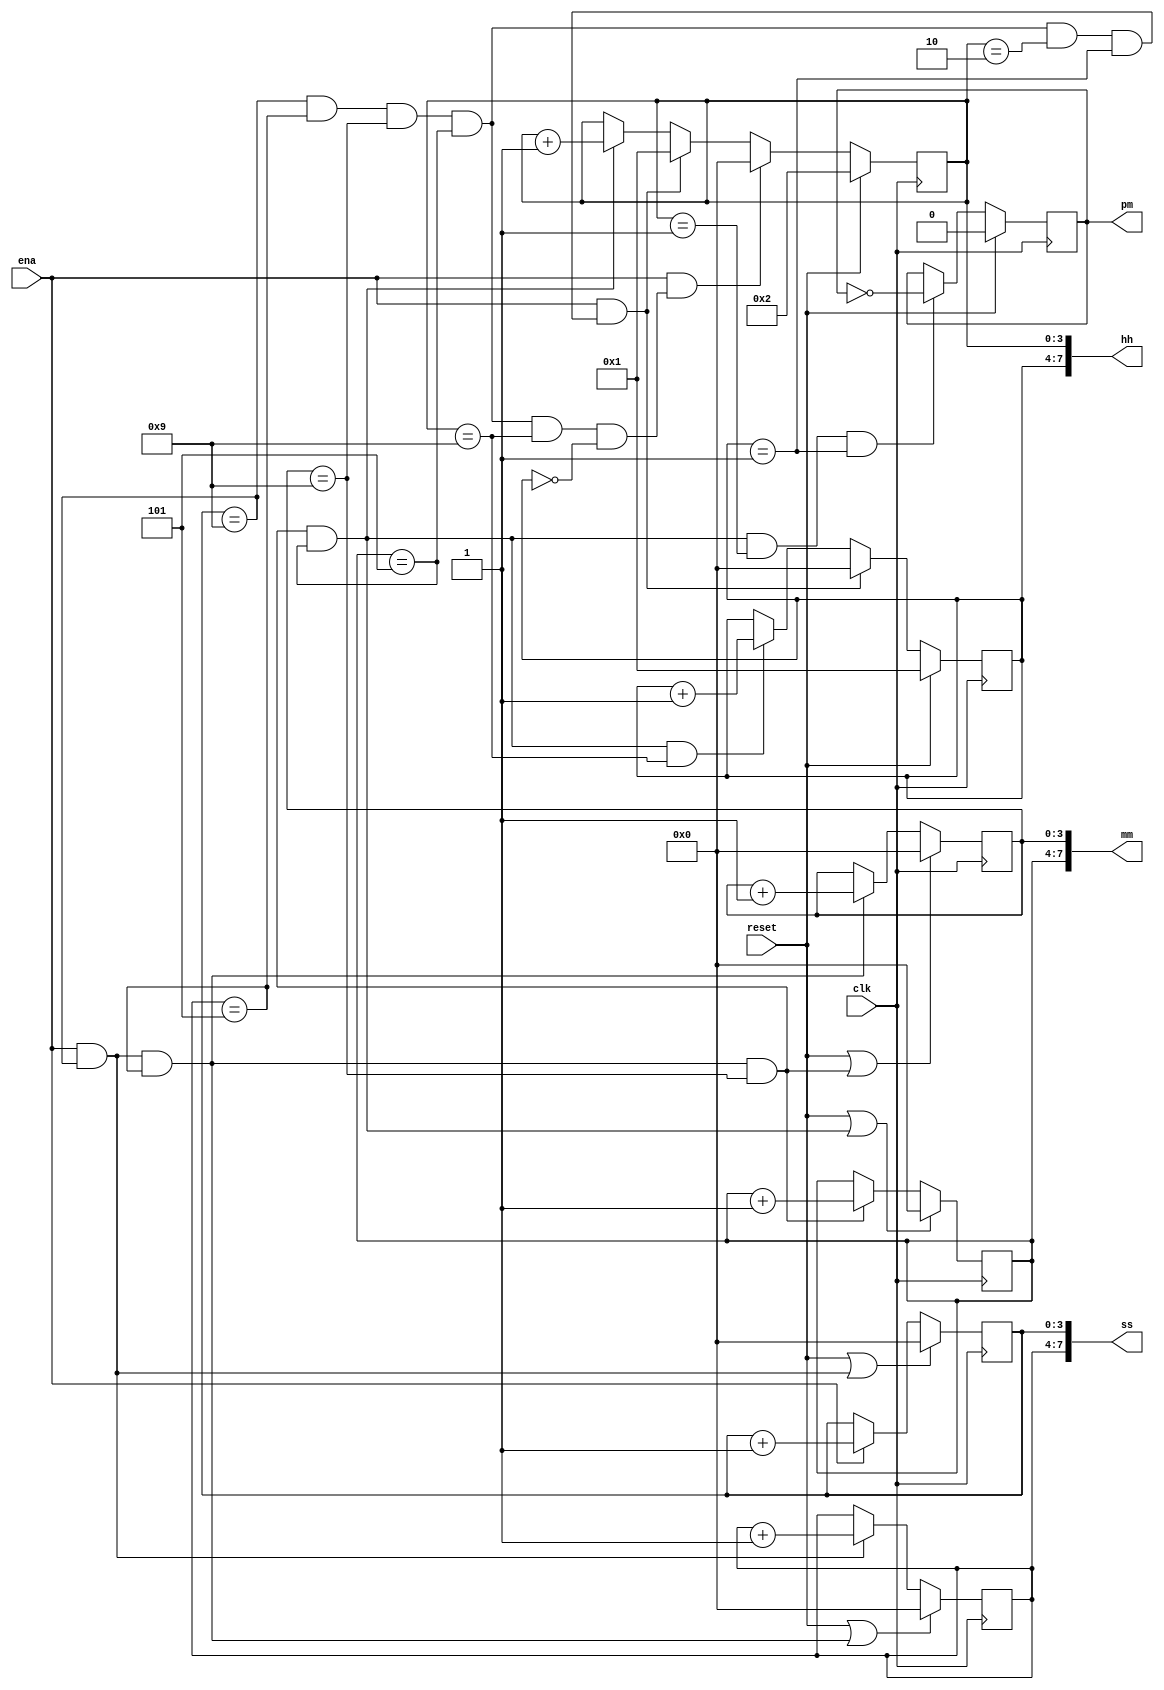
module top_module(
    input clk,
    input reset,
    input ena,
    output pm,
    output [7:0] hh,
    output [7:0] mm,
    output [7:0] ss); 

    reg [3:0] hh10, hh1, mm10, mm1, ss10, ss1;
    wire hour_change, hour_reset, pm_change;
    // ss
    always @(posedge clk) begin
        if (reset | (ena&&ss1==9))
            ss1 <= 0;
        else if (ena)
            ss1 <= ss1 + 1;
    end
    always @(posedge clk) begin
        if (reset | (ena&&ss1==9&&ss10==5))
            ss10 <= 0;
        else if (ena && ss1==9)
            ss10 <= ss10 + 1;
    end
    // mm
    always @(posedge clk) begin
        if (reset | (ena&&ss1==9&&ss10==5&&mm1==9))
            mm1 <= 0;
        else if (ena && ss1==9 && ss10==5)
            mm1 <= mm1 + 1;
    end
    always @(posedge clk) begin
        if (reset | (ena&&ss1==9&&ss10==5&&mm1==9&&mm10==5))
            mm10 <= 0;
        else if (ena && ss1==9 && ss10==5 && mm1==9)
            mm10 <= mm10 + 1;
    end
    // hh
    assign hour_change = (ss1==9&&ss10==5&&mm1==9&&mm10==5&& hh1==9 && hh10==0);
    assign hour_reset = (ss1==9&&ss10==5&&mm1==9&&mm10==5&& hh1==2 && hh10==1);
    always @(posedge clk) begin
        if (reset)
            hh1 <= 2; //12
        else if (ena && hour_change)
            hh1 <= 0; //09~10
        else if (ena && hour_reset)
            hh1 <= 1; //12~01
        else if (ena && ss1==9 && ss10==5 && mm1==9 && mm10==5)
            hh1 <= hh1 + 1;
    end
    always @(posedge clk) begin
        if (reset)
            hh10 <= 1; //12
        else if (ena && hour_reset)
            hh10 <= 0; //12~01
        else if (ena && ss1==9 && ss10==5 && mm1==9 && mm10==5 && hh1==9)
            hh10 <= hh10 + 1;
    end
    // am.pm
    always @(posedge clk) begin
        if (reset)
            pm_change <= 0;
        else if (ena && ss1==9 && ss10==5 && mm1==9 && mm10==5 && hh1==1 && hh10==1)
            pm_change <= ~pm_change; //11:59:59
    end
    
    // assign
    assign hh = {hh10,hh1};
    assign mm = {mm10,mm1};
    assign ss = {ss10,ss1};
    assign pm = pm_change;
endmodule